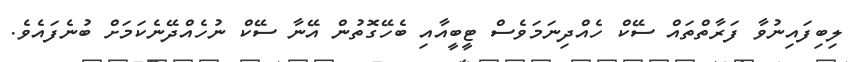
ލިބިފައިނުވާ ފަރާތްތައް ސޭކް ހެއްދިނަމަވެސް ޓީބީއާއި ބެހޭގޮތުން އޭނާ ސޭކް ނުހެއްދޭނެކަމަށް ބުނެފައެވެ.